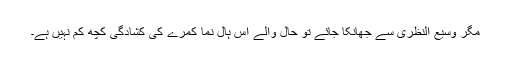
مگر وسیع النظری سے جھانکا جائے تو حال والے اس ہال نما کمرے کی کشادگی کچھ کم نہیں ہے۔